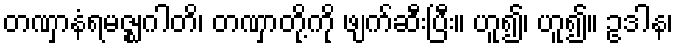
တဏှာနံရမဇ္ဈဂါတိ၊ တဏှာတို့ကို ဖျက်ဆီးပြီး။ ဟူ၍၊ ဟူ၍။ ဥဒါန၊